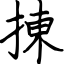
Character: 㨂